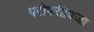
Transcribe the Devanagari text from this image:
परोपरी।प्रजा